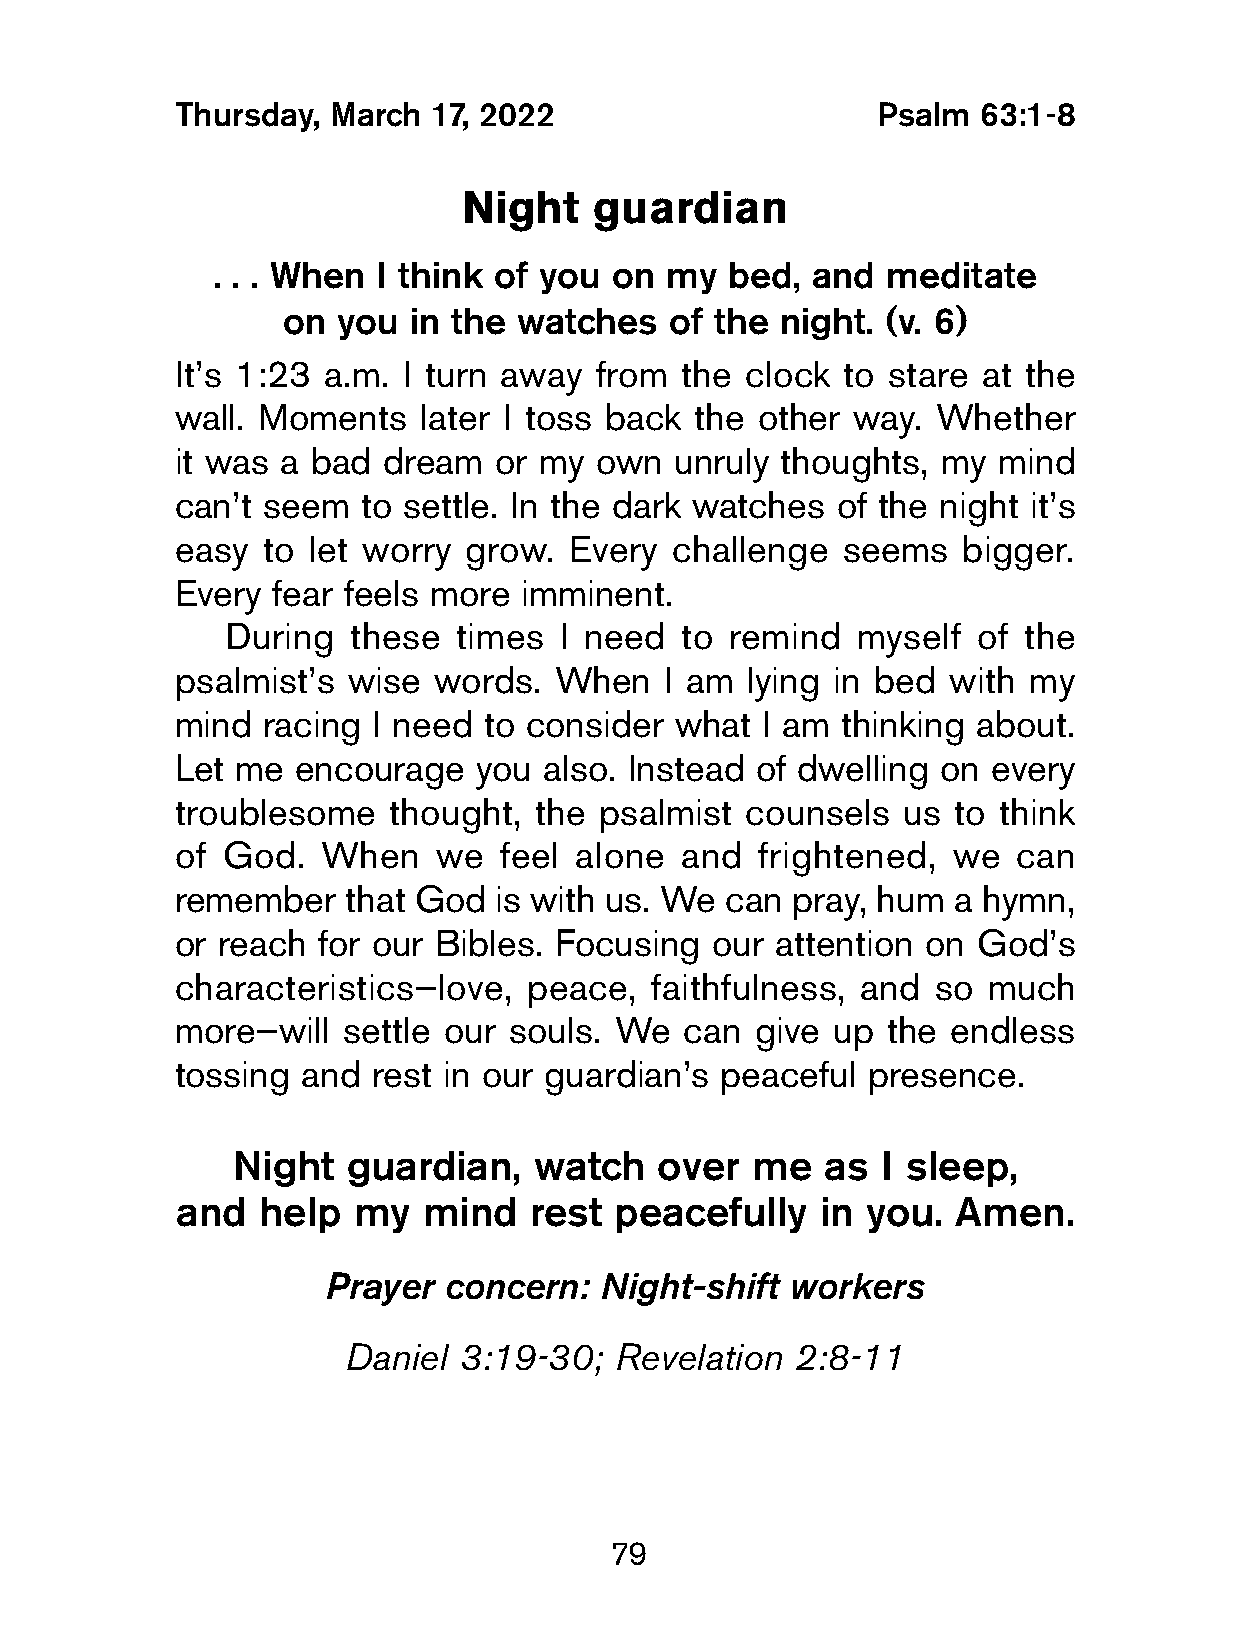
Thursday,  March 17, 2022                      Psalm  63:1-8
 Night    guardian
 . . . When I think of you on  my  bed,  and  meditate
 on you  in the watches   of the  night. (v. 6)
 It’s 1:23 a.m.  I turn away from  the clock  to stare at the
 wall. Moments    later I toss back the other way.  Whether
 it was  a bad dream   or my own   unruly thoughts, my  mind
 can’t seem   to settle. In the dark watches of the night it’s
 easy  to let worry  grow.  Every challenge   seems   bigger.
 Every  fear feels more imminent.
 During  these  times  I need  to remind   myself  of the
 psalmist’s  wise  words.  When   I am lying in bed  with my
 mind  racing  I need to consider  what I am  thinking about.
 Let  me encourage   you  also. Instead of dwelling on  every
 troublesome    thought, the  psalmist counsels   us to think
 of  God.  When    we  feel alone  and  frightened,  we  can
 remember    that God  is with us. We can pray, hum  a hymn,
 or reach  for our Bibles. Focusing  our attention on  God’s
 characteristics—love,   peace,  faithfulness, and  so much
 more—will   settle our souls. We  can  give up  the endless
 tossing  and  rest in our guardian’s peaceful presence.
 Night   guardian,   watch   over   me  as  I sleep,
 and  help  my   mind   rest  peacefully   in you.  Amen.
 Prayer  concern:   Night-shift workers
 Daniel 3:19-30;   Revelation  2:8-11
 79